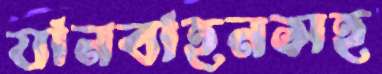
যানবাহনসহ